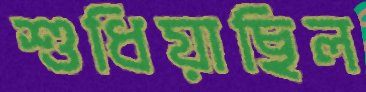
শুধিয়াছিল